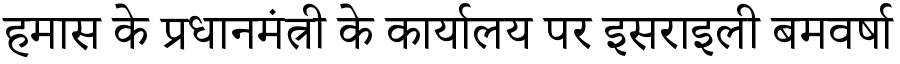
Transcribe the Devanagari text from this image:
हमास के प्रधानमंत्री के कार्यालय पर इसराइली बमवर्षा